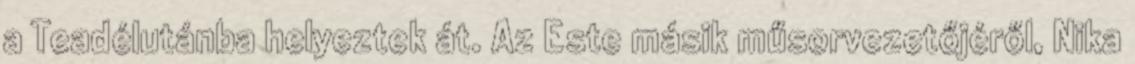
a Teadélutánba helyeztek át. Az Este másik műsorvezetőjéről, Nika